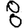
Digit: 8